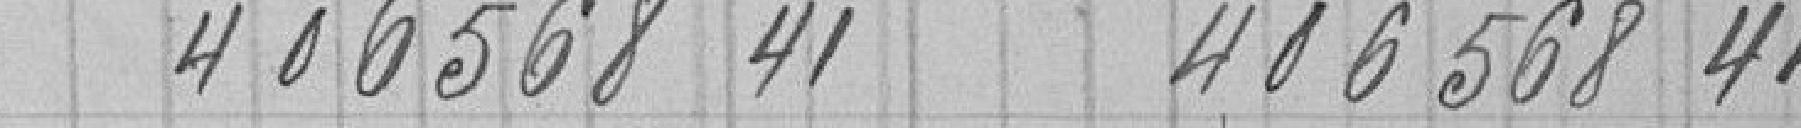
406568.41 406568.41